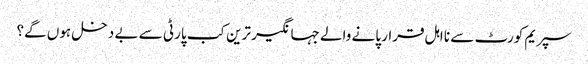
سپریم کورٹ سے نا اہل قرار پانے والے جہانگیر ترین کب پارٹی سے بے دخل ہوں گے؟